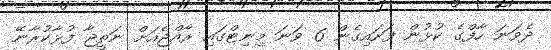
ދެވަނަ ހާފްގެ ކުޅުން ފަށައިގެން 6 ވަނަ މިނިޓްގައި ރާއްޖެއަށް ނަތީޖާ ފުޅާކުރާނޭ